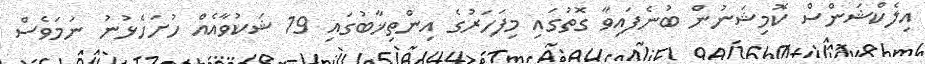
އިލެކްޝަންސް ކޮމިޝަނުން ބުނެފައިވާ ގޮތުގައި މިފަހަރުގެ އިންތިޚާބުގައި 19 ޝަކުވާއެއް ހުށަހެޅުނު ނަމަވެސް